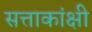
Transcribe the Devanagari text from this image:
सत्ताकांक्षी